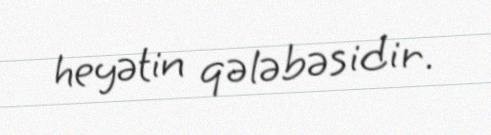
heyətin qələbəsidir.